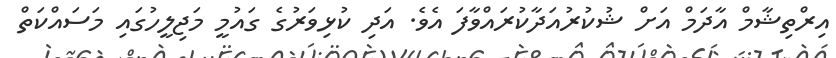
އިރްތިޝާމް އާދަމް އަށް ޝުކުުރުއަދާކުރައްވާފަ އެވެ. އަދި ކުޅިވަރުގެ ގައުމީ މަޖިލީހުގައި މަސައްކަތް